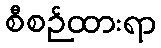
စီစဉ်ထားရာ